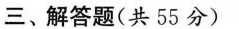
三、解答题(共55分)